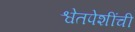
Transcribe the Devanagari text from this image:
श्वेतपेशींची